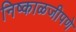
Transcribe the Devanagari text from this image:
निष्काळजीपणे